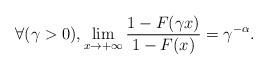
LaTeX: \begin{align*}\forall (\gamma >0),\lim_{x\rightarrow +\infty }\frac{1-F(\gamma x)}{1-F(x)}=\gamma ^{-\alpha }. \end{align*}